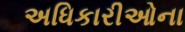
અધિકારીઓના